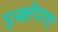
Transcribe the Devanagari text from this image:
पुख्तेपणा